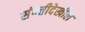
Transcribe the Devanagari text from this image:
संपत्तीदेखील